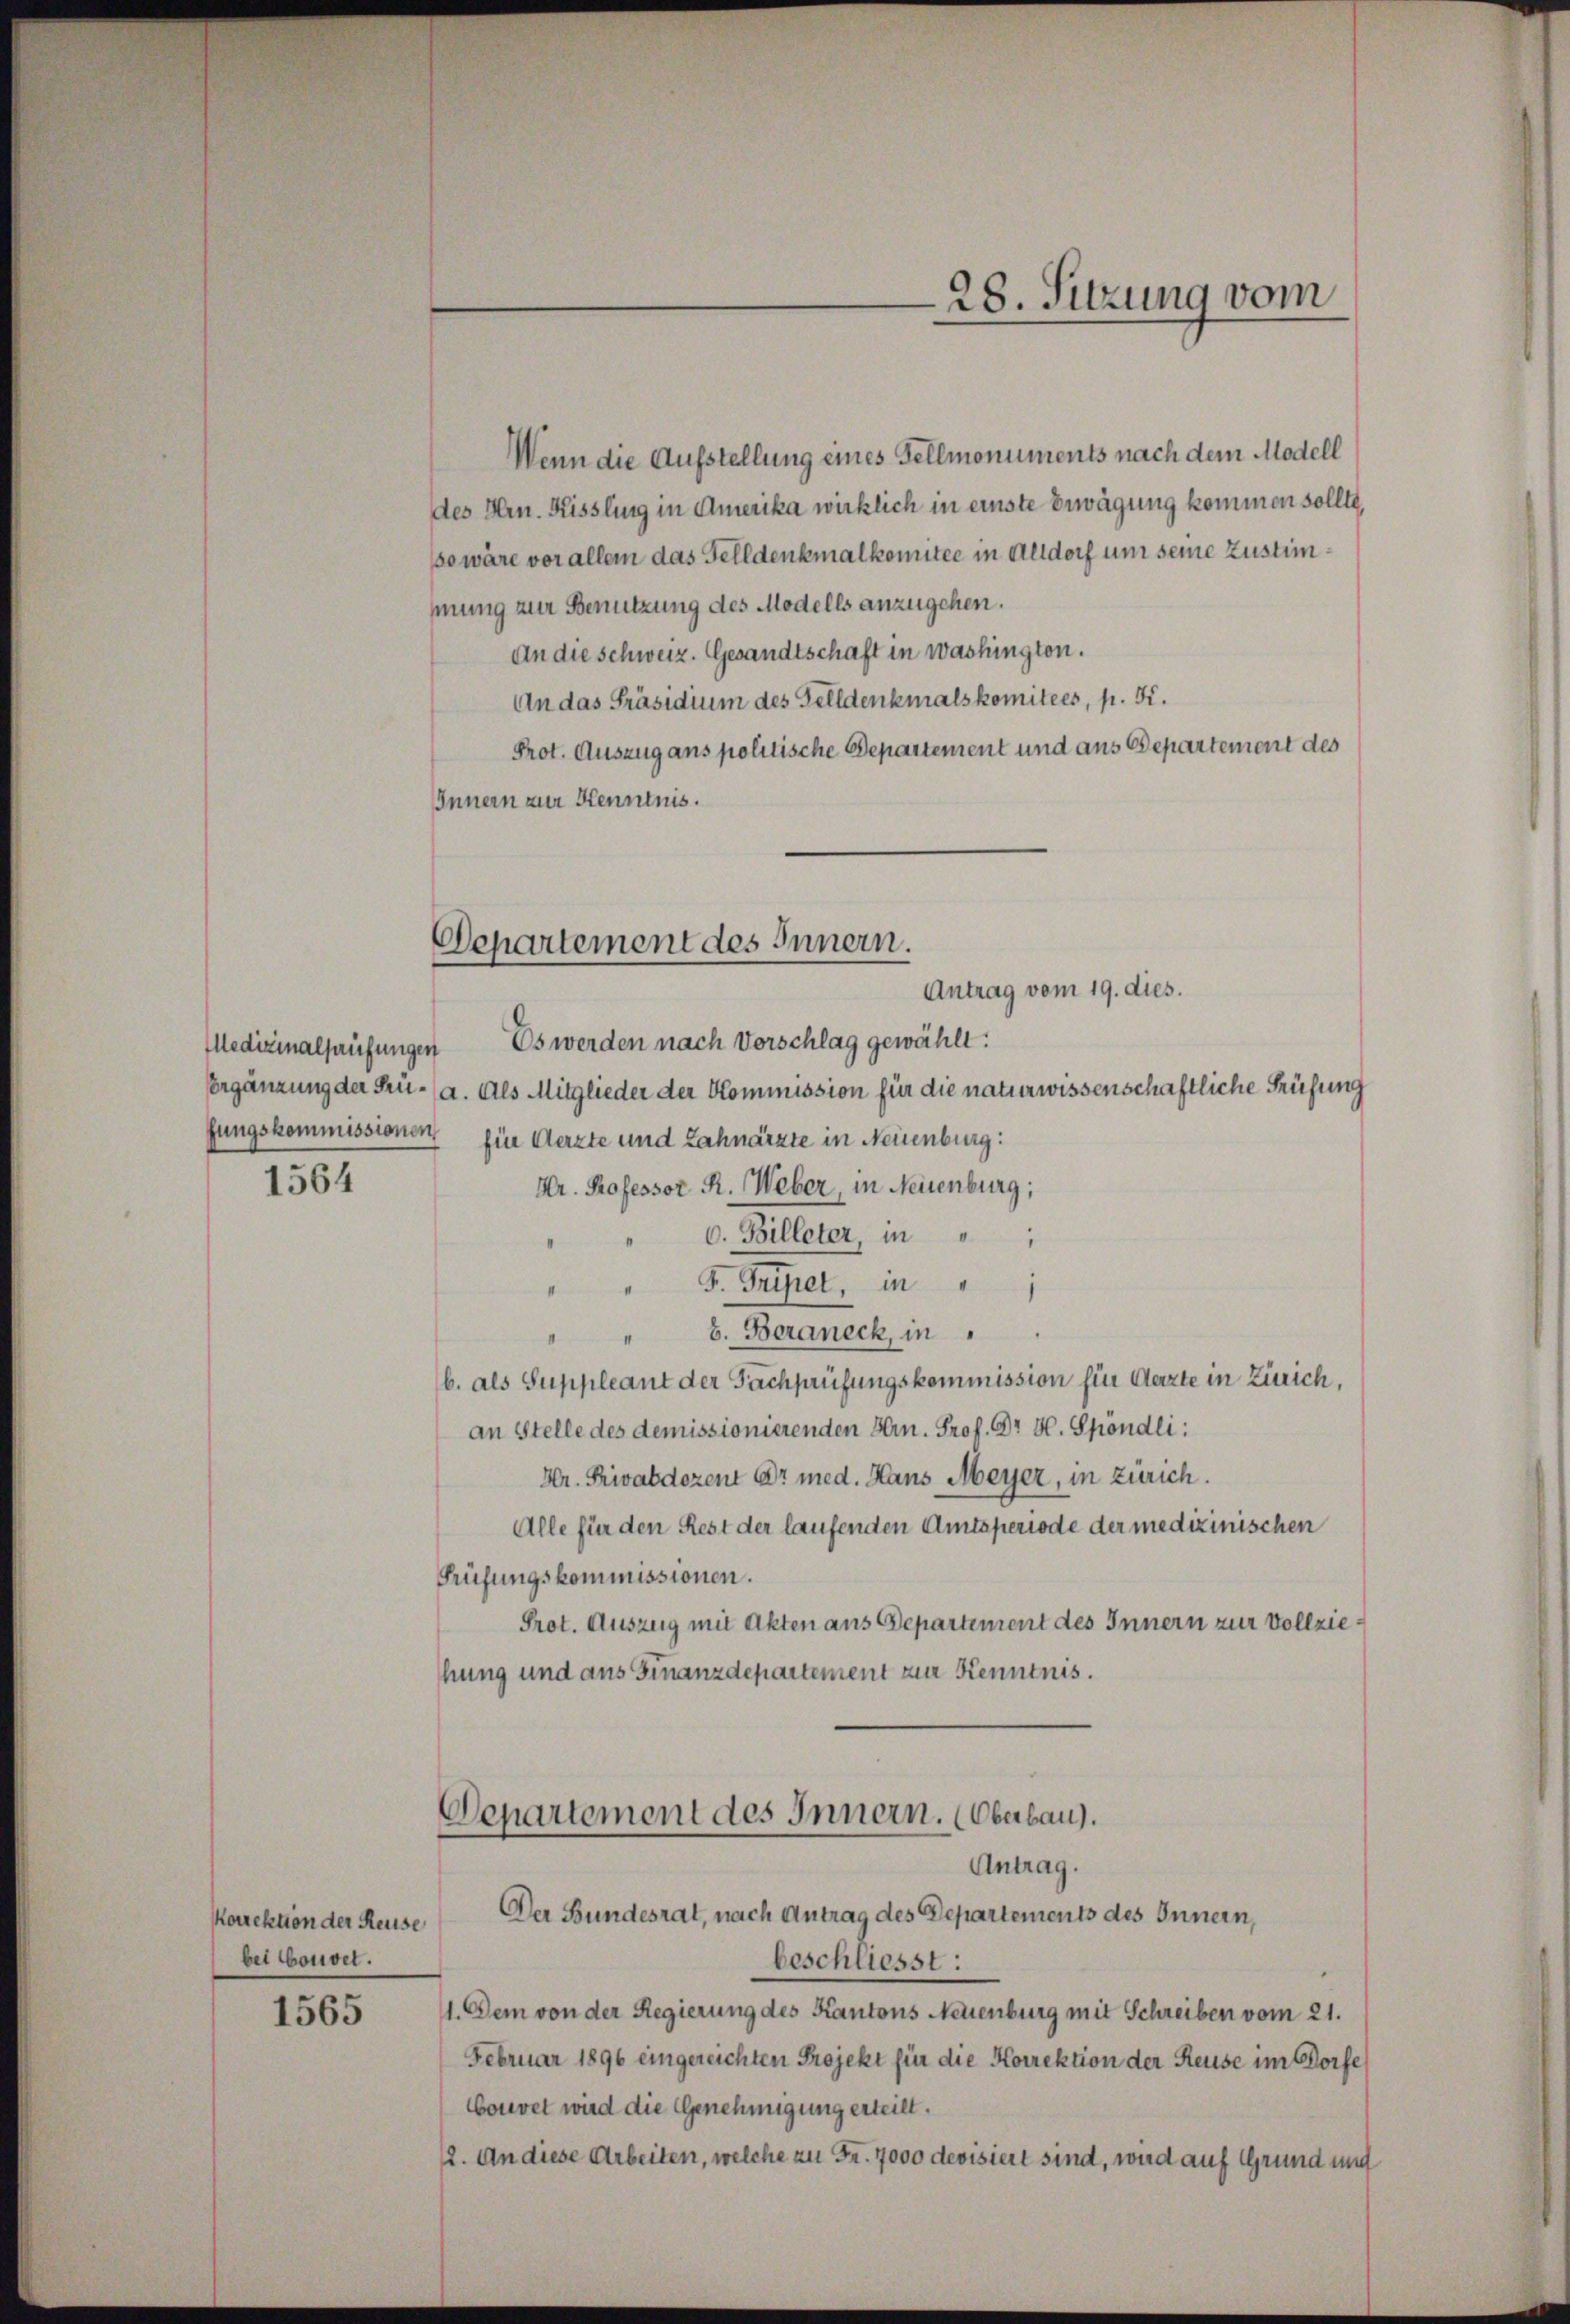
Medizinalhaufungen

1564

Korrektion der Reuse
bei bonnet.

1565

Wenn die Aufstellung eines Fellmonuments nach dem Modell
des Hrn. Kissling in Amerika wirklich in einste Erwägung kommen sollte,
so wäre vor allem das Felldenkmalkomitee in Altdorf um seine Zustimmung zur Benutzung des Modells anzugehen.
An die Schweiz. Gesandtschaft in Washingten.
An das Präsidium des Felldenkmals komitees, p. K.
Prot. Auszug ans politische Departement und aus Departement des
Innern zur Kenntnis.
Antrag vom 19. dies.
Es werden nach Vorschlag gewählt:
Ergänzung der Prü- (a. Als Mitglieder der Kommission für die naturwissenschaftliche Prüfung
fungskommissionen für Aerzte und Zahnarzte in Neuenburg:
Dr. Professor R. Weber, in Neuenburg;
c. Billeter, in
F. Tripet, in
b. Beraneck, in
b. als Suppleant der Fachprüfungskommission für Garte in Zürich,
an Stelle des demissionierenden Hrn. Prof. Dr H. Spöndli:
Hr. Privatdozent Dr med. Hans Meyer, in Zürich.
Alle für den Rest der laufenden Amtsperiode der medizinischen
Prüfungskommissionen.
Prot. Auszug mit Akten aus Departement des Innern zur Vollziehung und aus Finanzdepartement zur Kenntnis.
Departement des Innern. (Oberbau).
Antrag.
Der Bundesrat, nach Antrag des Departements des Innern,
beschliesst:
11. Dem von der Regierung des Kantons Neuenburg mit Schreiben vom 21.
Februar 1896 eingezeichten Projekt für die Korrektion der Reuse im Dorfe
Couvet wird die Genehmigung erteilt.
12. An diese Arbeiten, welche zu Fr. 7000 devisiert sind, wird auf Grund und

Departement des Innern.

28. Sitzung vom